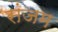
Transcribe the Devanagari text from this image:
संजम